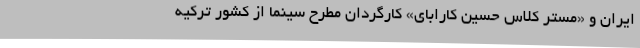
ایران و «مستر کلاس حسین کارابای» کارگردان مطرح سینما از کشور ترکیه